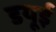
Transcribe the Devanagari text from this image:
डयूई